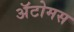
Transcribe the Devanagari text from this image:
अॅटोमस